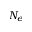
N _ { e }